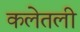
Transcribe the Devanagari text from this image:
कलेतली